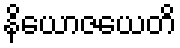
နိယောဇယေတိ